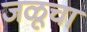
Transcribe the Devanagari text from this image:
जळूचा